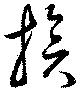
族